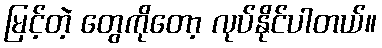
မြင့်တဲ့ တွေကိုတော့ လုပ်နိုင်ပါတယ်။